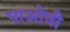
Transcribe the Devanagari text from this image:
पाओनी